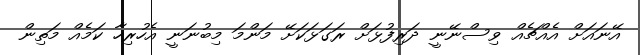
އޭނައަށް އެއްޗެއް ވިސްނޭނީ ދަރިފުޅަށް ރަގަޅަކަށޭ މަންމަ މިބުނަނީ އެހުރިހާ ކަމެއް މަތިން